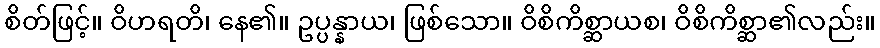
စိတ်ဖြင့်။ ဝိဟရတိ၊ နေ၏။ ဥပ္ပန္နာယ၊ ဖြစ်သော။ ဝိစိကိစ္ဆာယစ၊ ဝိစိကိစ္ဆာ၏လည်း။